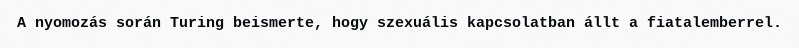
A nyomozás során Turing beismerte, hogy szexuális kapcsolatban állt a fiatalemberrel.